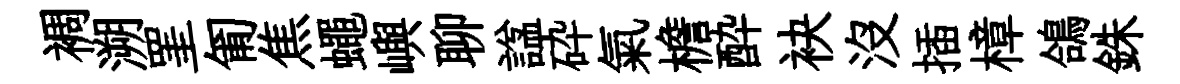
裯溯罣匍焦蠅嶼聊諡砕氣檐酔袂沒插樟鴿銖